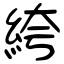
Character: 絝